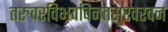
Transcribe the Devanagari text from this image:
तरुवरविभवविनतसुरवरवन